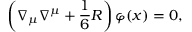
\left( \nabla _ { \mu } \nabla ^ { \mu } + \frac { 1 } { 6 } R \right) \varphi ( x ) = 0 ,